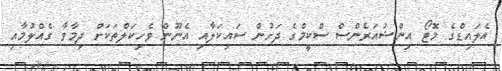
އެލައިޑްގެ މޮޓޯ އިންޝުއަރެންސް ސްކީމްގެ ދަށުން ސައިކަލާއި އެނޫން ވެހިކަލްތަކަށް ދިމާވާ ގެއްލުމާއި